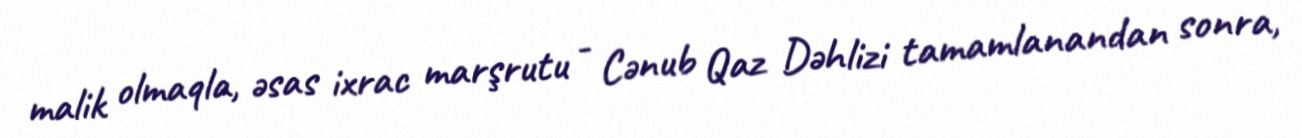
malik olmaqla, əsas ixrac marşrutu - Cənub Qaz Dəhlizi tamamlanandan sonra,